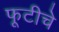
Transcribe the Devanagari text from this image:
फूटीचे